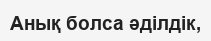
Анық болса әділдік,